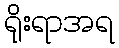
ရိုးရာအရ